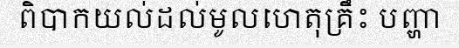
ពិបាកយល់ដល់មូលហេតុគ្រឹះ បញ្ហា